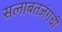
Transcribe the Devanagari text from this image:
सलाबतजंगची